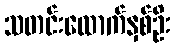
သတင်းထောက်နှစ်ဦး